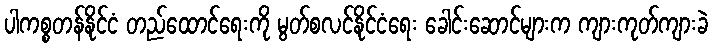
ပါကစ္စတန်နိုင်ငံ တည်ထောင်ရေးကို မွတ်စလင်နိုင်ငံရေး ခေါင်းဆောင်များက ကျားကုတ်ကျားခဲ